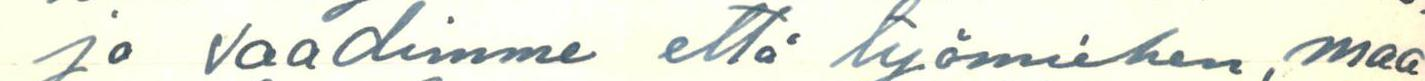
ja vaadimme että työmiehen, maa